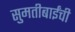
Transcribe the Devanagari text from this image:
सुमतीबाईंची